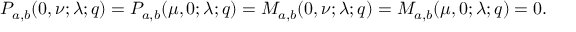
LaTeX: P _ { a , b } ( 0 , \nu ; \lambda ; q ) = P _ { a , b } ( \mu , 0 ; \lambda ; q ) = M _ { a , b } ( 0 , \nu ; \lambda ; q ) = M _ { a , b } ( \mu , 0 ; \lambda ; q ) = 0 .